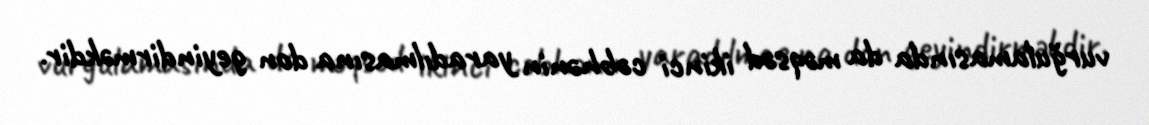
vurğulamasında da məqsəd ikinci cəbhənin yaradılmasına don geyindirməkdir.